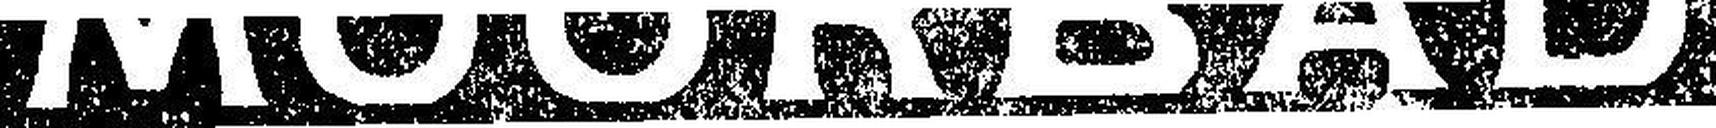
MOORBAD